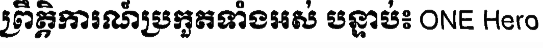
ព្រឹត្តិការណ៍ប្រកួតទាំងអស់ បន្ទាប់៖ ONE Hero